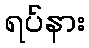
ရပ်နား